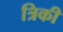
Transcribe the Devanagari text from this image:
त्रिकी